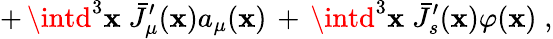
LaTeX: +\, \intd^{3}\mathbf{x}\; {\bar{{J}}}_{\mu}^{\prime}(\mathbf{x})a_{\mu}(\mathbf{x})\, +\, \intd^{3}\mathbf{x}\; {\bar{{J}}}_{s}^{\prime}(\mathbf{x})\varphi(\mathbf{x})\; ,